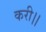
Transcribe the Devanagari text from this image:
करी।।